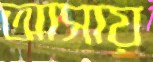
আসায়